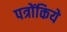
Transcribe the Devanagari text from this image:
पत्रोंकिये